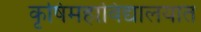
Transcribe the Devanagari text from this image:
कृषिमहाविद्यालयात